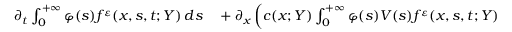
\begin{array} { r l } { \partial _ { t } \int _ { 0 } ^ { + \infty } \varphi ( s ) f ^ { \varepsilon } ( x , s , t ; Y ) \, d s } & { { } + \partial _ { x } \left( c ( x ; Y ) \int _ { 0 } ^ { + \infty } \varphi ( s ) V ( s ) f ^ { \varepsilon } ( x , s , t ; Y ) \, d s \right) } \end{array}